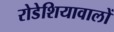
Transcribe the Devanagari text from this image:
रोडेशियावालों